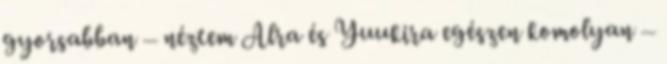
gyorsabban – néztem Alra és Yuukira egészen komolyan –